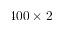
4 0 0 \times 2